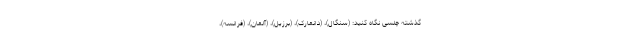
گذشته چلسی نگاه کنید: (سنگال)، (دانمارک)، (برزیل)، (آلمان)، (فرانسه)،